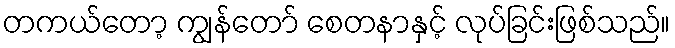
တကယ်တော့ ကျွန်တော် စေတနာနှင့် လုပ်ခြင်းဖြစ်သည်။